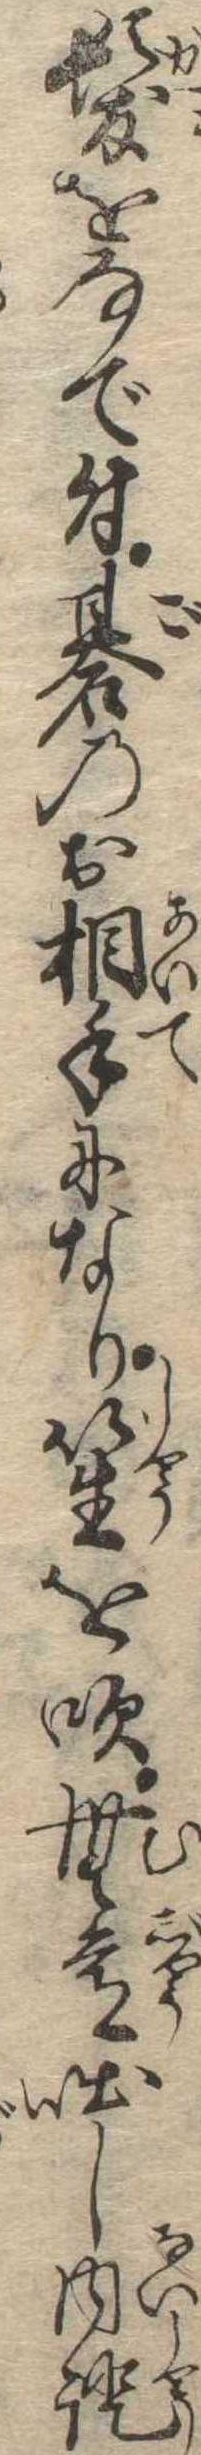
髪をなで付碁のお相手になり笙を吹無常咄し内証